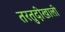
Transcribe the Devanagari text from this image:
तरतुदीखाली